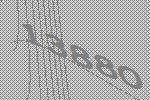
13880